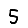
Digit: 5